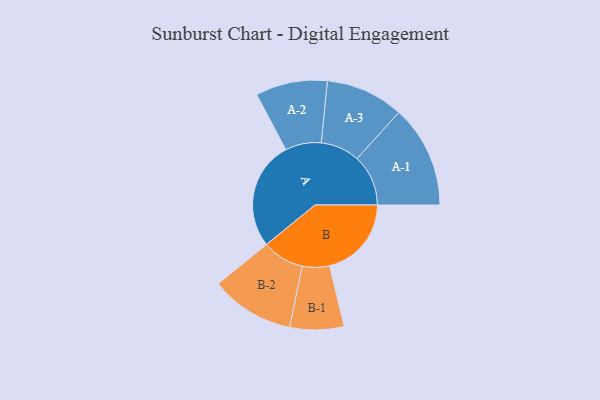
{"axis": {"x": "Segment", "y": "Value"}, "legend": ["", "A", "B"], "data": [{"x": "A", "y": 453, "type": ""}, {"x": "B", "y": 342, "type": ""}, {"x": "A-1", "y": 214, "type": "A"}, {"x": "A-2", "y": 150, "type": "A"}, {"x": "A-3", "y": 163, "type": "A"}, {"x": "B-1", "y": 113, "type": "B"}, {"x": "B-2", "y": 175, "type": "B"}]}